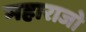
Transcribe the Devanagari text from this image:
महाराजो